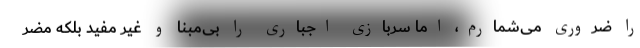
را ضروری می‌شمارم، اما سربازی اجباری را بی‌مبنا و غیر مفید بلکه مضر